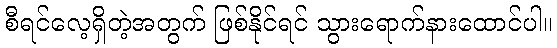
စီရင်လေ့ရှိတဲ့အတွက် ဖြစ်နိုင်ရင် သွားရောက်နားထောင်ပါ။